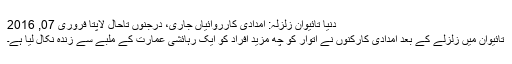
دنیا تائیوان زلزلہ: امدادی کارروائیاں جاری، درجنوں تاحال لاپتا فروری 07, 2016
تائیوان میں زلزلے کے بعد امدادی کارکنوں نے اتوار کو چھ مزید افراد کو ایک رہائشی عمارت کے ملبے سے زندہ نکال لیا ہے۔